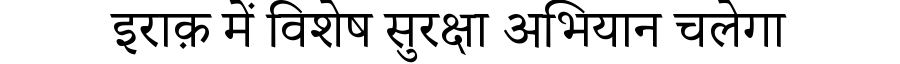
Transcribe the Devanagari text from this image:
इराक़ में विशेष सुरक्षा अभियान चलेगा